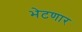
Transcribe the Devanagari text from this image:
भेटणार